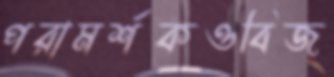
পরামর্শকওবিজ্